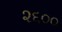
૨૬૦૦